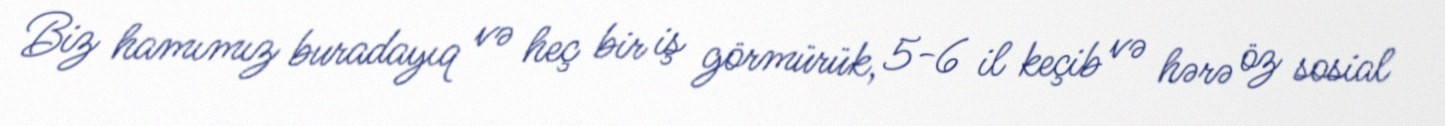
Biz hamımız buradayıq və heç bir iş görmürük, 5-6 il keçib və hərə öz sosial